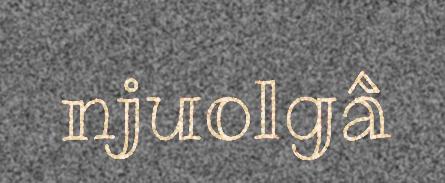
njuolgâ